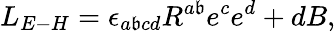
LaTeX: L_{E-H}=\epsilon_{a\mathfrak{b}cd}R^{a\mathfrak{b}}e^{c}e^{d}+dB,